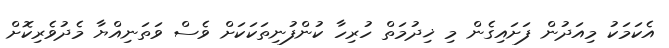
އެކަމަކު މިއަދުން ފަށައިގެން މި ޚިދުމަތް ހުރިހާ ކުންފުނިތަކަކަށް ވެސް ވަތަނިއްޔާ މެދުވެރިކޮށް